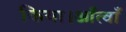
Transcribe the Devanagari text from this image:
किया।आँत्वाँ